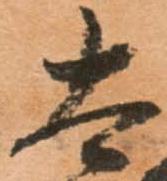
太